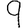
Digit: 9